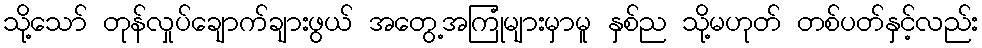
သို့သော် တုန်လှုပ်ချောက်ချားဖွယ် အတွေ့အကြုံများမှာမူ နှစ်ည သို့မဟုတ် တစ်ပတ်နှင့်လည်း